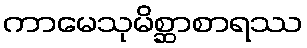
ကာမေသုမိစ္ဆာစာရဿ